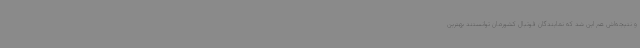
و نتیجه‌اش هم این شد که نمایندگان فوتبال کشورمان توانستند بهترین